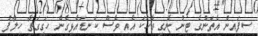
ސިފައިން އެތަނުގެ ޓިނު ނެގި ވާހަކަ އެއީ ވެސް ކަނޑައެޅިގެން ހަގީގަތާ ހިލާފު